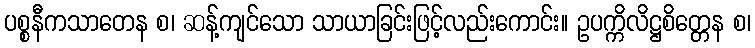
ပစ္စနီကသာတေန စ၊ ဆန့်ကျင်သော သာယာခြင်းဖြင့်လည်းကောင်း။ ဥပက္ကိလိဋ္ဌစိတ္တေန စ၊